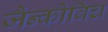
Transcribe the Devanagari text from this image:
जैन्कोविच